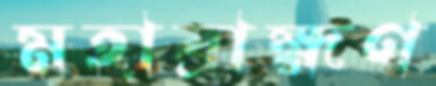
মহাব্রাহ্মণ